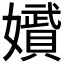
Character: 𭒪